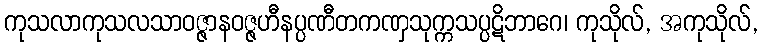
ကုသလာကုသလသာဝဇ္ဇာနဝဇ္ဇဟီနပ္ပဏီတကဏှသုက္ကသပ္ပဋိဘာဂေ၊ ကုသိုလ်, အကုသိုလ်,